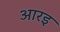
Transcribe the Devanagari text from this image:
आरइ